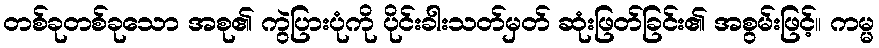
တစ်ခုတစ်ခုသော အစု၏ ကွဲပြားပုံကို ပိုင်းခါးသတ်မှတ် ဆုံးဖြတ်ခြင်း၏ အစွမ်းဖြင့်။ ကမ္မ